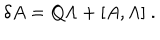
\delta A = Q \Lambda + [ A , \Lambda ] \ .